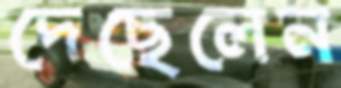
দেছেলেন